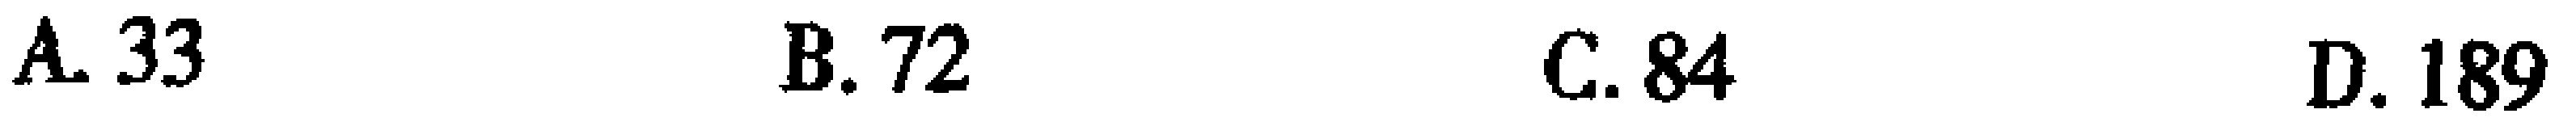
A. 33 \quad B. 72 \quad C. 84 \quad D. 189